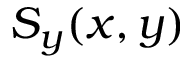
S _ { y } ( x , y )